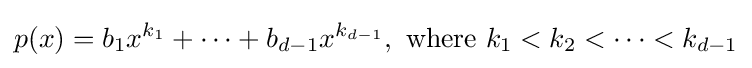
p(x)=b_{1}x^{k_{1}}+\cdots +b_{d-1}x^{k_{d-1}},{\text{ where }}k_{1}<k_{2}<\cdots <k_{d-1}